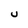
Character: U